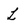
Character: L